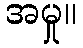
အမှု။